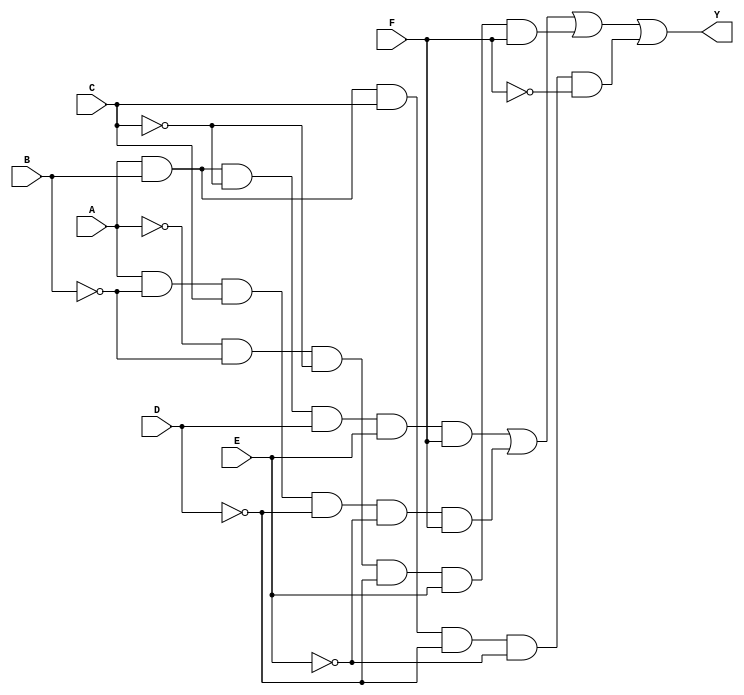
module KMap6Input (
    input wire A,   // Input variable A
    input wire B,   // Input variable B
    input wire C,   // Input variable C
    input wire D,   // Input variable D
    input wire E,   // Input variable E
    input wire F,   // Input variable F
    output wire Y   // Output of the K-map logic
);

// Define the output function based on a simplified SOP expression.
// For demonstration, let's say the output Y is defined by the following example:
assign Y = (A & B & ~C & D & E & F)    // Minterm for (1, 1, 0, 1, 1, 1)
         | (A & ~B & C & ~D & ~E & F)  // Minterm for (1, 0, 1, 0, 0, 1)
         | (0 & 0 & 1 & 0 & 1 & 1)      // Keep these similar for your specified minterms
         | (~A & ~B & ~C & ~D & E & F) // Minterm for (0, 0, 0, 0, 1, 1)
         | (A & B & C & ~D & ~E & ~F); // Minterm for (1, 1, 1, 0, 0, 0)

// You would replace the above assignment with your actual derived expression.
// Ensure to include only those portions that correspond to true minterms from the K-map.

endmodule